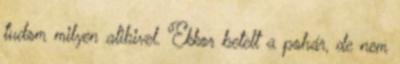
tudom milyen alibivel. Ekkor betelt a pohár, de nem